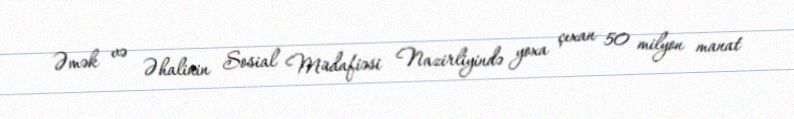
Əmək və Əhalinin Sosial Müdafiəsi Nazirliyində yoxa çıxan 50 milyon manat